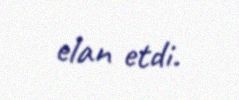
elan etdi.